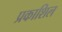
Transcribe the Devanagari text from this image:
प्रकाशिल